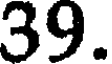
39.